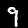
Label: 9